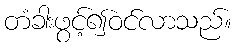
တံခါးဖွင့်၍ဝင်လာသည်။